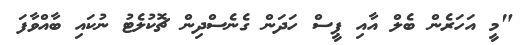
"މީ އަހަރެން ބެލް އާއި ޕީސް ހަދަން ގެނެސްދިން ޗޮކުލެޓު ނުކައި ބާއްވާފަ